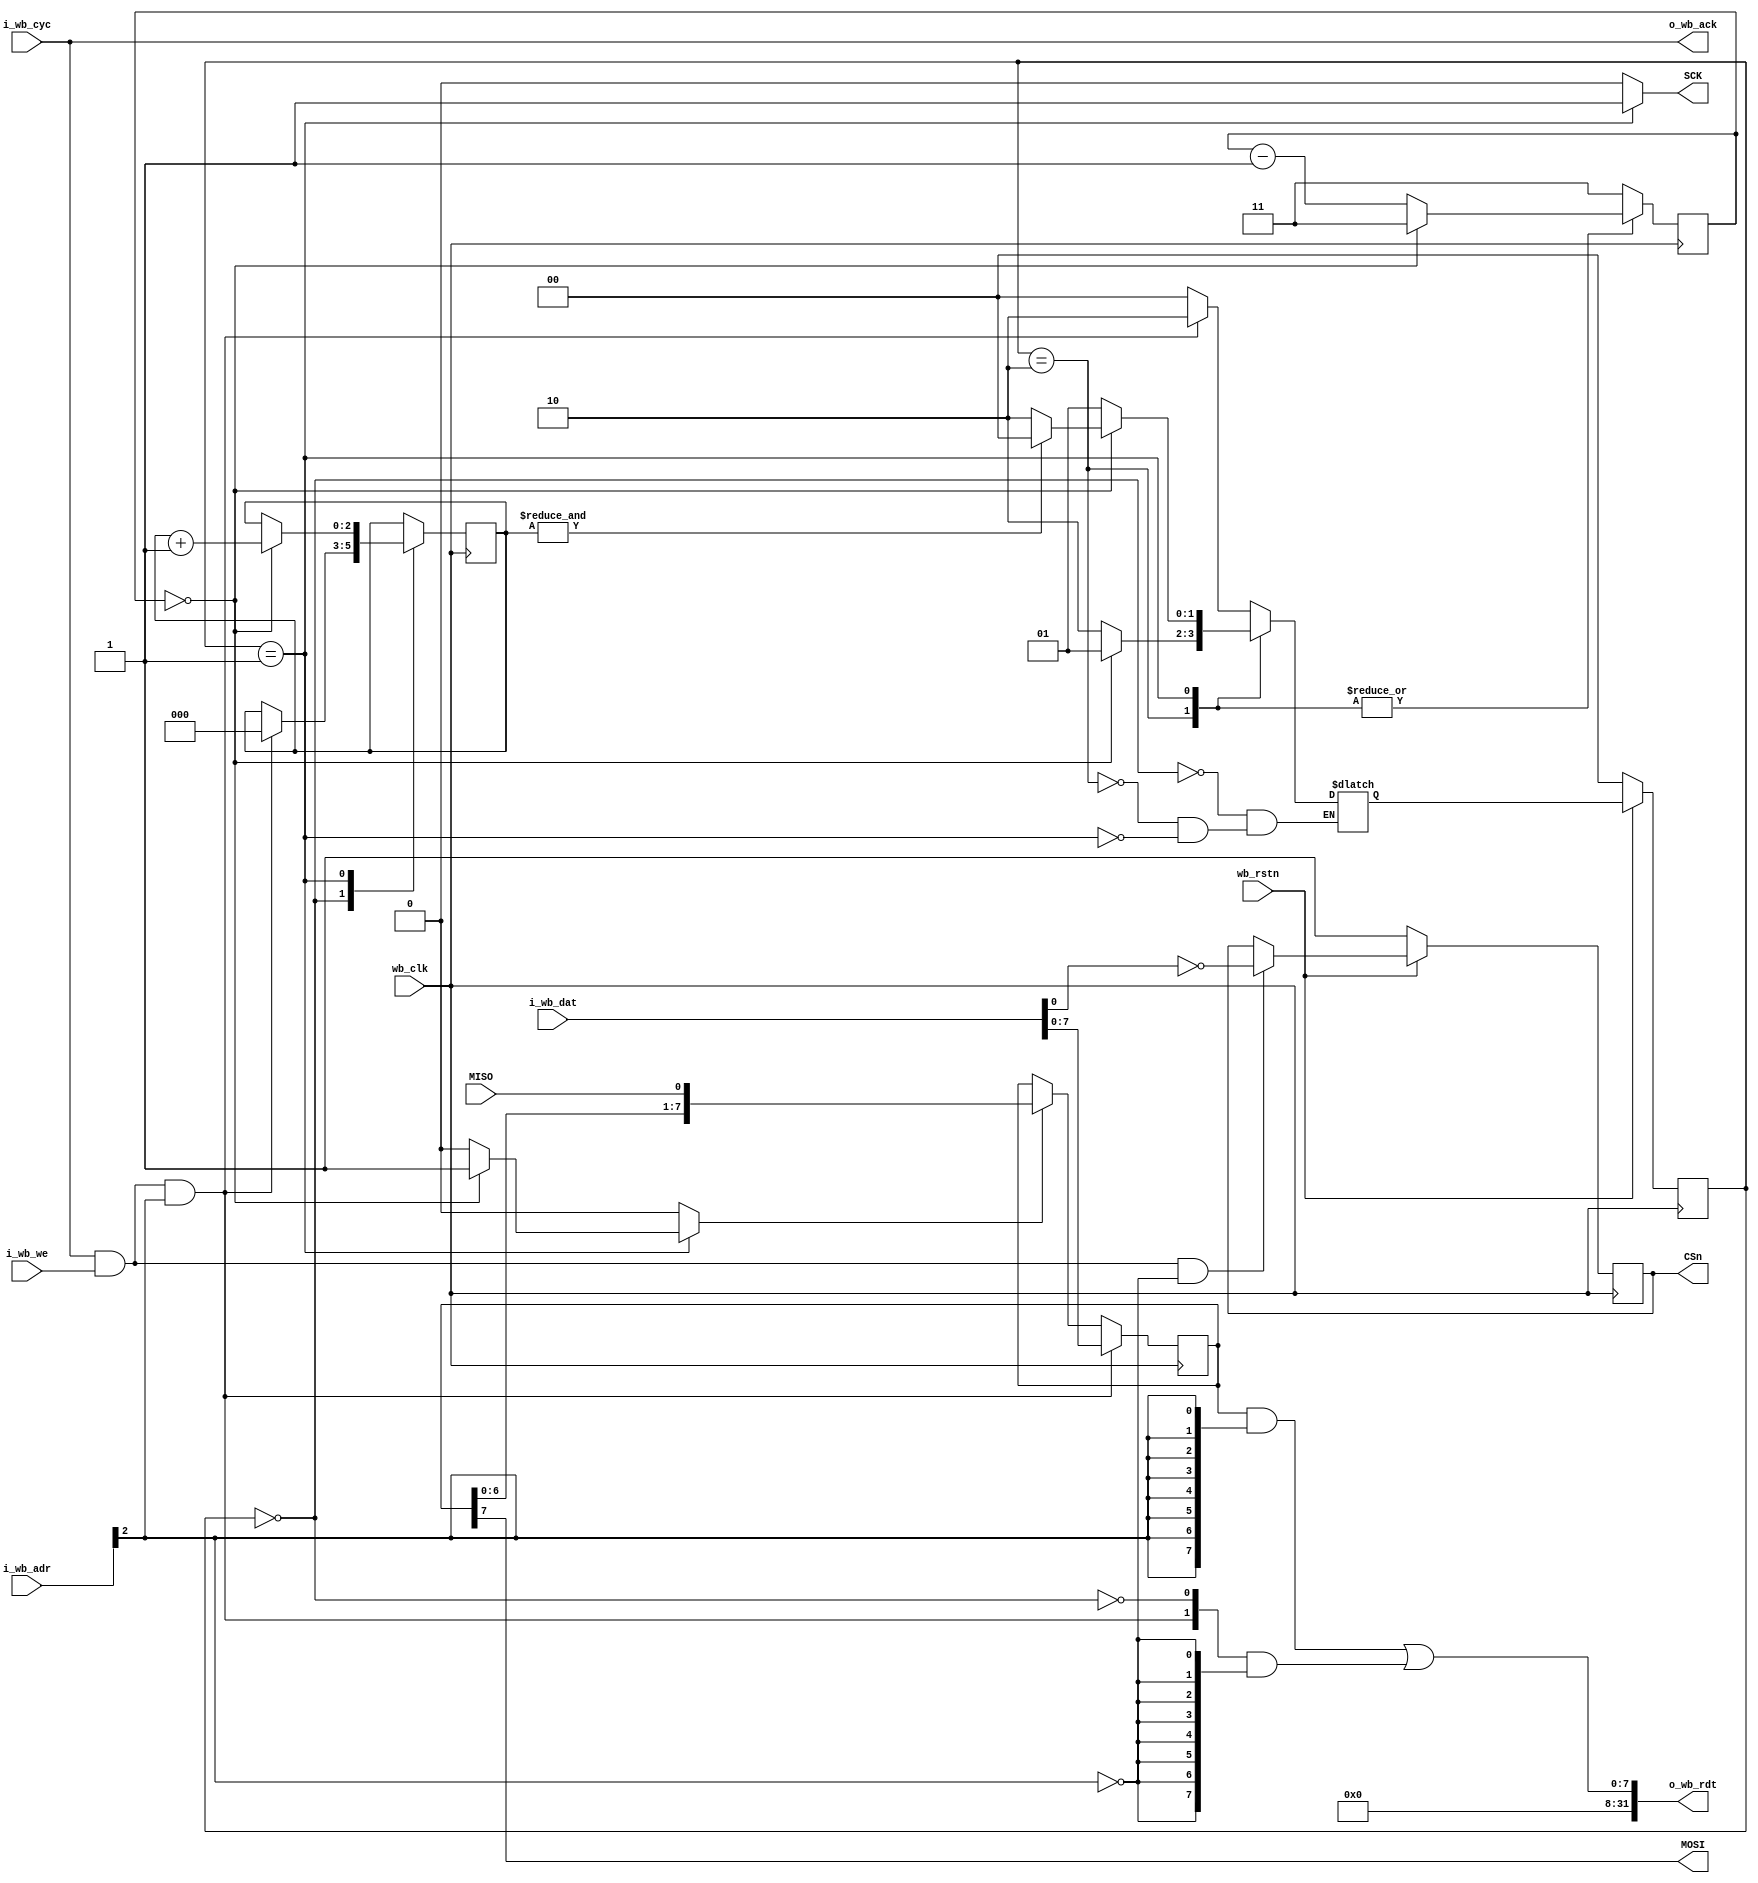
`timescale 1ns / 1ps

module tiny_spi(
   // system
   input  wire          wb_clk,
   input  wire          wb_rstn,
   // interrupt
   // memory mapped
   input  wire [31:0]   i_wb_adr,
   input  wire [31:0]   i_wb_dat,
   input  wire	        i_wb_we,
   input  wire	        i_wb_cyc,
   output wire [31:0]   o_wb_rdt,
   output wire	        o_wb_ack,
   // spi
   output wire	        SCK,
   output reg           CSn,
   output wire	        MOSI,
   input  wire	        MISO
);


    
   parameter BAUD_WIDTH = 8;
   parameter BAUD_DIV = 8;
   parameter SPI_MODE = 0;
   parameter BC_WIDTH = 3;
   parameter DIV_WIDTH = $clog2(BAUD_DIV / 2 - 1);

   wire       adr_i;
   reg  [7:0] sr8; // shift register 
   wire [7:0] sr8_sf;
   
   reg [BC_WIDTH - 1:0]		bc, bc_next;
   reg [DIV_WIDTH - 1:0]	ccr;
   reg [DIV_WIDTH - 1:0]	cc, cc_next;
   
   wire		  misod;
   wire       wstb; // write strobe
   wire       cs_set; // Chip select
    
   reg		  sck;
   reg		  sf;
   reg	      bba;   // buffer flag
   wire		  txe;
   wire 	  txr;
   wire 	  wr;
   
   assign adr_i     = i_wb_adr[2];
   assign o_wb_ack  = i_wb_cyc; // zero wait
   assign wr        = i_wb_cyc & i_wb_we;
   assign wstb      = wr & adr_i;
   assign cs_set    = wr & !adr_i;
   assign sr8_sf    = { sr8[6:0],misod };
   
   assign o_wb_rdt[31:8] = 24'd0;
   assign o_wb_rdt[7:0]  = (sr8                   & {8{adr_i}}) |
                           ({6'd0, txr, txe }     & {8{!adr_i}});

   parameter IDLE = 0,
             PHASE1 = 1,
             PHASE2 = 2;

   reg [1:0] spi_seq, spi_seq_next;
   
//   wb_ila wb_ila0 (
//        .clk    (wb_clk ),
//        .probe0 (SCK    ),
//        .probe1 (CSn    ),
//        .probe2 (MOSI   ),
//        .probe3 (MISO   ),
//        .probe4 (cc     )
//   );
    
   always @(posedge wb_clk)
     if (!wb_rstn)  spi_seq <= IDLE;
     else           spi_seq <= spi_seq_next;

   always @(posedge wb_clk) begin
	cc <= cc_next;
	bc <= bc_next;
   end

   always @(*)
     begin
	sck = 1'b0;
    cc_next = BAUD_DIV / 2 - 1;
	bc_next = bc;
	sf = 1'b0;

	case (spi_seq)
	  IDLE: begin
	       if (wstb) begin
		    bc_next = 0;
		    spi_seq_next = PHASE2;
		   end
	       else spi_seq_next = IDLE;
	    end
	  PHASE2:
	    begin
	       sck = 1'b0;
	       if (cc == 0) spi_seq_next = PHASE1;
	       else begin
		    cc_next = cc - 1;
		    spi_seq_next = PHASE2;
		   end
	    end
	  PHASE1:
	    begin
	       sck = 1'b1;
	       if (cc == 0) begin
		      bc_next = bc + 1'b1;
		      sf = 1'b1;
		      if (&bc) spi_seq_next = IDLE;
		      else spi_seq_next = PHASE2;
		  end
	      else begin
		      cc_next = cc - 1;
		      spi_seq_next = PHASE1;
		  end
	    end
	endcase
   end

   always @(posedge wb_clk) begin
    if (wstb)      sr8 <= i_wb_dat[7:0];
	else if (sf)   sr8 <= sr8_sf;
	else           sr8 <= sr8;
	
	if (!wb_rstn) CSn <= 1'b1;
    else if (cs_set) CSn <= !i_wb_dat[0];
   end
   
   assign txe = !(spi_seq == IDLE);
   assign txr = wstb;
   assign SCK = sck;
   assign MOSI = sr8[7];
   assign misod = MISO;

endmodule